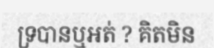
ទ្របានឬអត់ ? គិតមិន